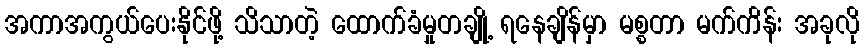
အကာအကွယ်ပေးနိုင်ဖို့ သိသာတဲ့ ထောက်ခံမှုတချို့ ရနေချိန်မှာ မစ္စတာ မက်ကိန်း အခုလို